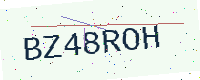
Text: BZ48ROH